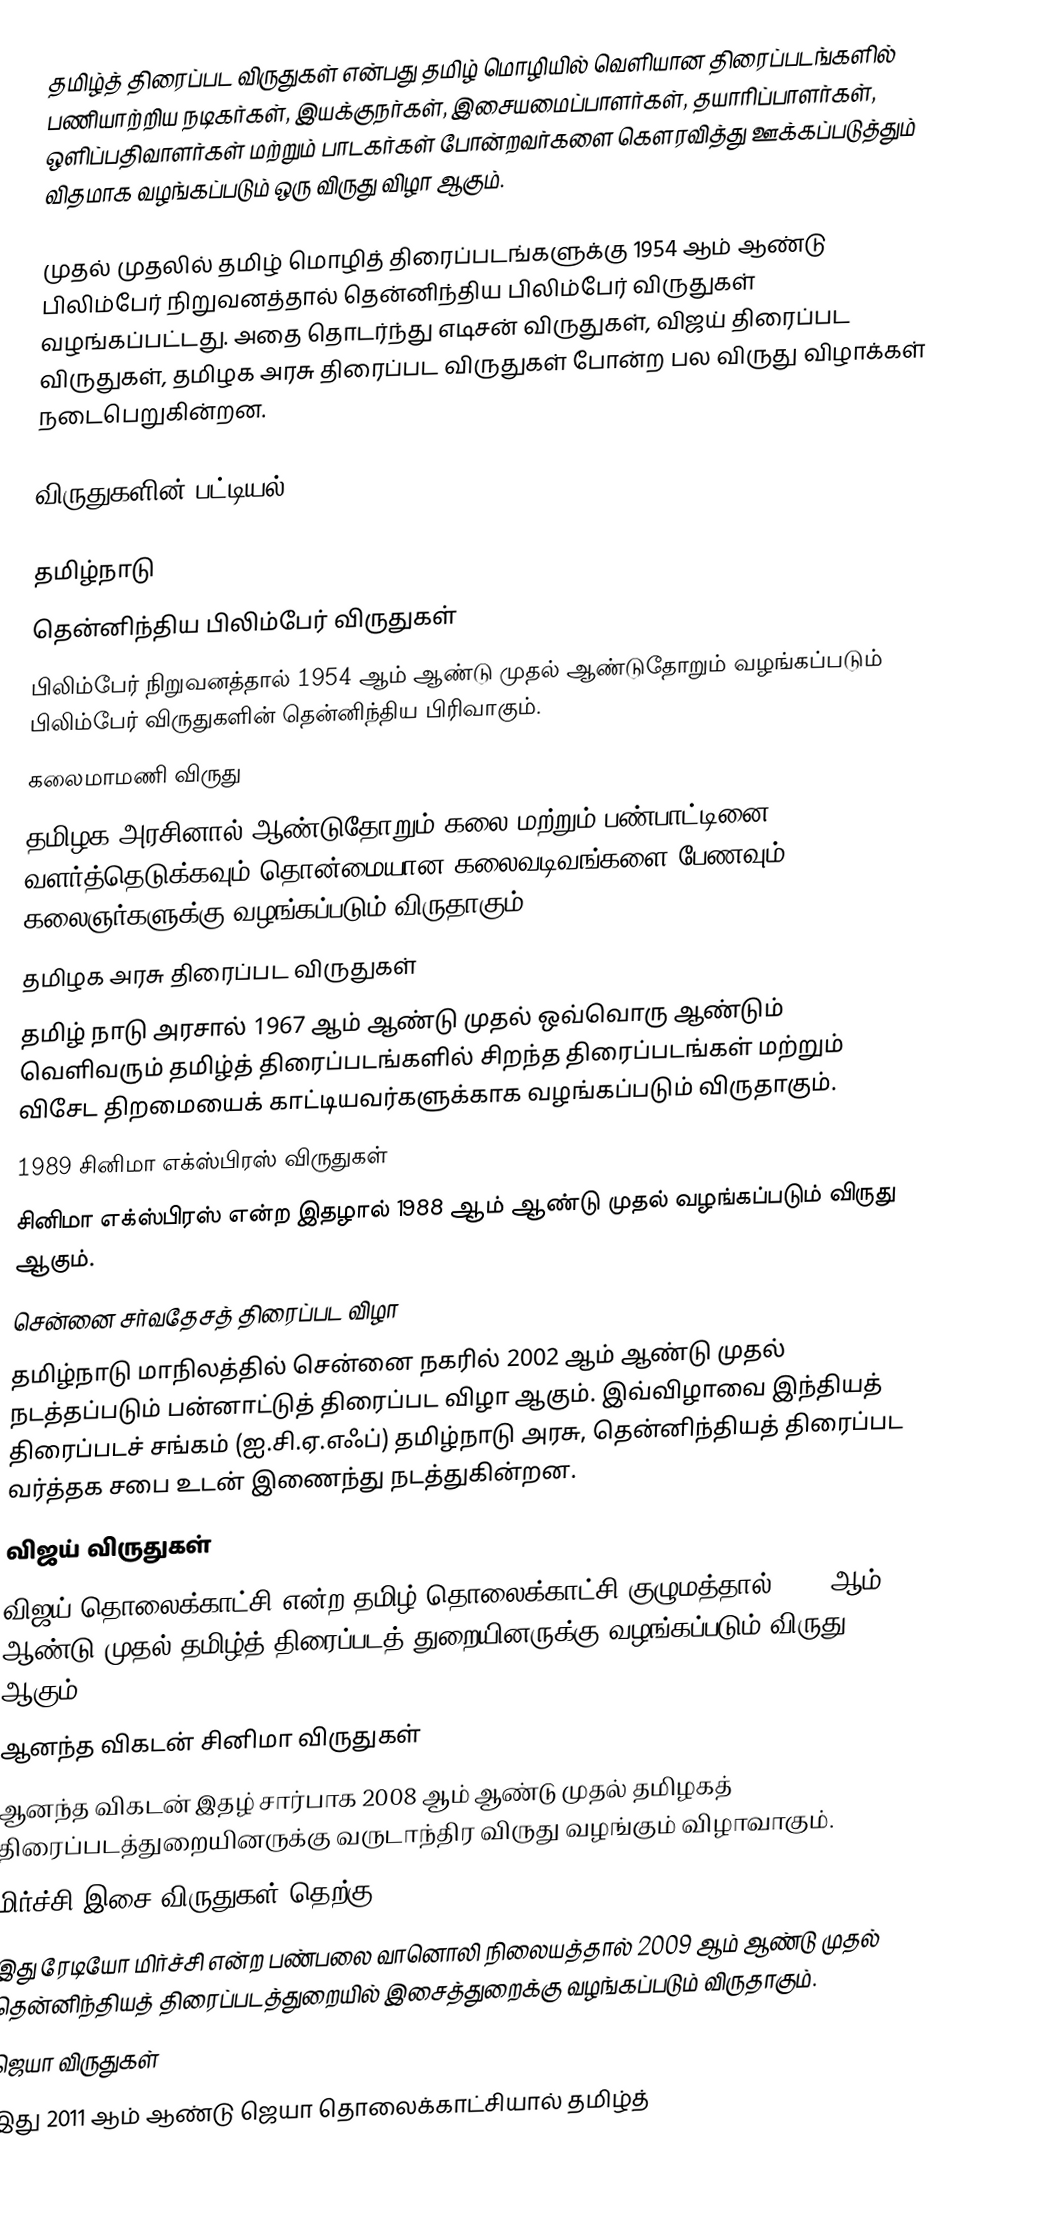
தமிழ்த் திரைப்பட விருதுகள் என்பது தமிழ் மொழியில் வெளியான திரைப்படங்களில் பணியாற்றிய நடிகர்கள், இயக்குநர்கள், இசையமைப்பாளர்கள், தயாரிப்பாளர்கள், ஒளிப்பதிவாளர்கள் மற்றும் பாடகர்கள் போன்றவர்களை கௌரவித்து ஊக்கப்படுத்தும் விதமாக வழங்கப்படும் ஒரு விருது விழா ஆகும்.

முதல் முதலில் தமிழ் மொழித் திரைப்படங்களுக்கு 1954 ஆம் ஆண்டு பிலிம்பேர் நிறுவனத்தால் தென்னிந்திய பிலிம்பேர் விருதுகள் வழங்கப்பட்டது. அதை தொடர்ந்து எடிசன் விருதுகள், விஜய் திரைப்பட விருதுகள், தமிழக அரசு திரைப்பட விருதுகள் போன்ற பல விருது விழாக்கள் நடைபெறுகின்றன.

விருதுகளின் பட்டியல்

தமிழ்நாடு
 தென்னிந்திய பிலிம்பேர் விருதுகள்
பிலிம்பேர் நிறுவனத்தால் 1954 ஆம் ஆண்டு முதல் ஆண்டுதோறும் வழங்கப்படும் பிலிம்பேர் விருதுகளின் தென்னிந்திய பிரிவாகும்.
 கலைமாமணி விருது
 தமிழக அரசினால் ஆண்டுதோறும் கலை மற்றும் பண்பாட்டினை வளர்த்தெடுக்கவும் தொன்மையான கலைவடிவங்களை பேணவும் கலைஞர்களுக்கு வழங்கப்படும் விருதாகும்.
 தமிழக அரசு திரைப்பட விருதுகள்
 தமிழ் நாடு அரசால் 1967 ஆம் ஆண்டு முதல் ஒவ்வொரு ஆண்டும் வெளிவரும் தமிழ்த் திரைப்படங்களில் சிறந்த திரைப்படங்கள் மற்றும் விசேட திறமையைக் காட்டியவர்களுக்காக வழங்கப்படும் விருதாகும்.
 1989 சினிமா எக்ஸ்பிரஸ் விருதுகள்
 சினிமா எக்ஸ்பிரஸ் என்ற இதழால் 1988 ஆம் ஆண்டு முதல் வழங்கப்படும் விருது ஆகும்.
 சென்னை சர்வதேசத் திரைப்பட விழா
 தமிழ்நாடு மாநிலத்தில் சென்னை நகரில் 2002 ஆம் ஆண்டு முதல் நடத்தப்படும் பன்னாட்டுத் திரைப்பட விழா ஆகும். இவ்விழாவை இந்தியத் திரைப்படச் சங்கம் (ஐ.சி.ஏ.எஃப்) தமிழ்நாடு அரசு, தென்னிந்தியத் திரைப்பட வர்த்தக சபை உடன் இணைந்து நடத்துகின்றன.
 விஜய் விருதுகள்
 விஜய் தொலைக்காட்சி என்ற தமிழ் தொலைக்காட்சி குழுமத்தால் 2006 ஆம் ஆண்டு முதல் தமிழ்த் திரைப்படத் துறையினருக்கு வழங்கப்படும் விருது ஆகும்.
 ஆனந்த விகடன் சினிமா விருதுகள்
 ஆனந்த விகடன் இதழ் சார்பாக 2008 ஆம் ஆண்டு முதல் தமிழகத் திரைப்படத்துறையினருக்கு வருடாந்திர விருது வழங்கும் விழாவாகும்.
 மிர்ச்சி இசை விருதுகள் தெற்கு
 இது ரேடியோ மிர்ச்சி என்ற பண்பலை வானொலி நிலையத்தால் 2009 ஆம் ஆண்டு முதல் தென்னிந்தியத் திரைப்படத்துறையில் இசைத்துறைக்கு வழங்கப்படும் விருதாகும்.
 ஜெயா விருதுகள்
 இது 2011 ஆம் ஆண்டு ஜெயா தொலைக்காட்சியால் தமிழ்த்